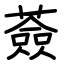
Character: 薟